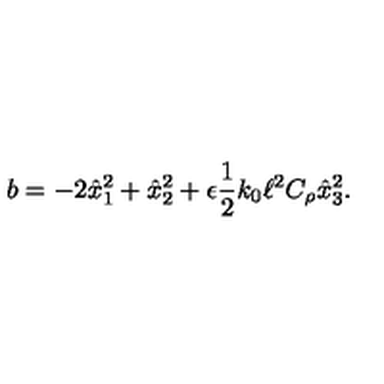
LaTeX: b = - 2 \hat { x } _ { 1 } ^ { 2 } + \hat { x } _ { 2 } ^ { 2 } + \epsilon \frac { 1 } { 2 } k _ { 0 } \ell ^ { 2 } C _ { \rho } \hat { x } _ { 3 } ^ { 2 } .